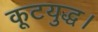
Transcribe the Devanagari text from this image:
कूटयुद्ध।